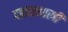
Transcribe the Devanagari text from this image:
दातारशास्त्री